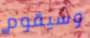
وسيقوم